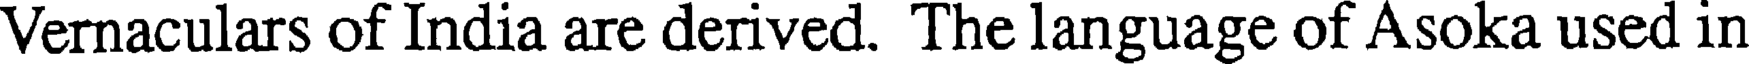
Vernaculars of India are derived. The language of Asoka used in